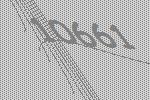
10661